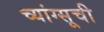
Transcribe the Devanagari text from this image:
च्यांग्सूची